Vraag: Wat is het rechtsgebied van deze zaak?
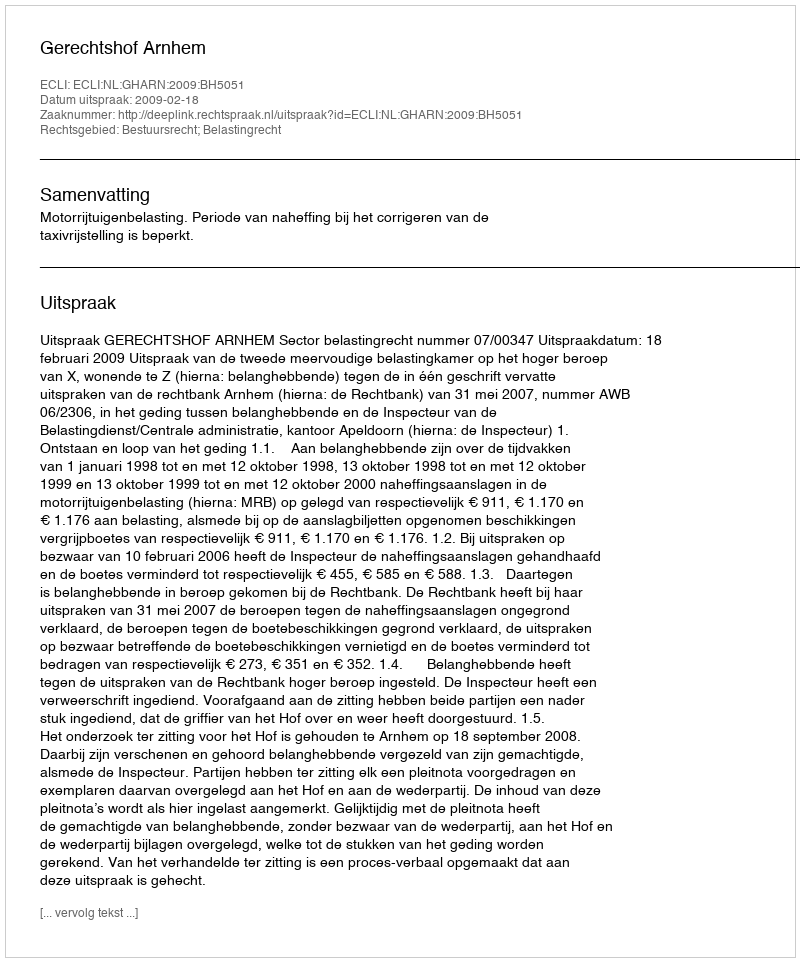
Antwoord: Bestuursrecht; Belastingrecht